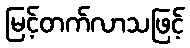
မြင့်တက်လာသဖြင့်